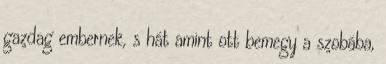
gazdag embernek, s hát amint ott bemegy a szobába,